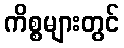
ကိစ္စများတွင်